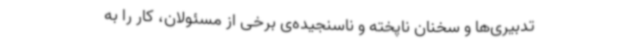
‌تدبیری‌ها و سخنان ناپخته و ناسنجیده‌ی برخی از مسئولان، کار را به